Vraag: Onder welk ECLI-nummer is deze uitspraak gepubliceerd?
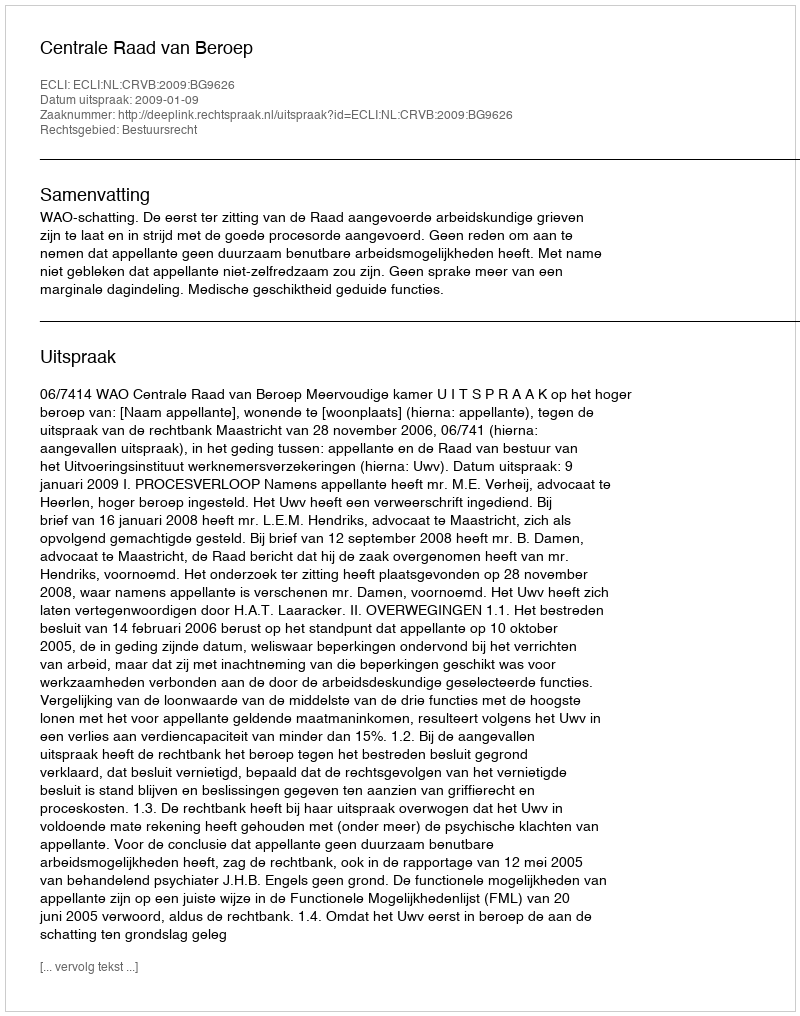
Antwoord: ECLI:NL:CRVB:2009:BG9626